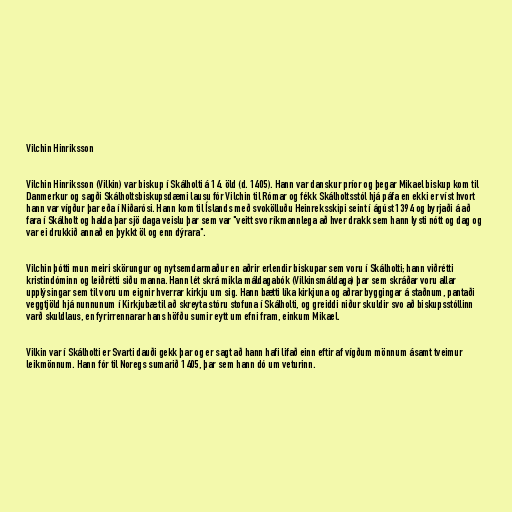
Vilchin Hinriksson

Vilchin Hinriksson (Vilkin) var biskup í Skálholti á 14. öld (d. 1405). Hann var danskur príor og þegar Mikael biskup kom til
Danmerkur og sagði Skálholtsbiskupsdæmi lausu fór Vilchin til Rómar og fékk Skálholtsstól hjá páfa en ekki er víst hvort
hann var vígður þar eða í Niðarósi. Hann kom til Íslands með svokölluðu Heinreksskipi seint í ágúst 1394 og byrjaði á að
fara í Skálholt og halda þar sjö daga veislu þar sem var "veitt svo ríkmannlega að hver drakk sem hann lysti nótt og dag og
var ei drukkið annað en þykkt öl og enn dýrara".

Vilchin þótti mun meiri skörungur og nytsemdarmaður en aðrir erlendir biskupar sem voru í Skálholti; hann viðrétti
kristindóminn og leiðrétti siðu manna. Hann lét skrá mikla máldagabók (Vilkinsmáldaga) þar sem skráðar voru allar
upplýsingar sem til voru um eignir hverrar kirkju um sig. Hann bætti líka kirkjuna og aðrar byggingar á staðnum, pantaði
veggtjöld hjá nunnunum í Kirkjubæ til að skreyta stóru stofuna í Skálholti, og greiddi niður skuldir svo að biskupsstóllinn
varð skuldlaus, en fyrirrennarar hans höfðu sumir eytt um efni fram, einkum Mikael.

Vilkin var í Skálholti er Svarti dauði gekk þar og er sagt að hann hafi lifað einn eftir af vígðum mönnum ásamt tveimur
leikmönnum. Hann fór til Noregs sumarið 1405, þar sem hann dó um veturinn.